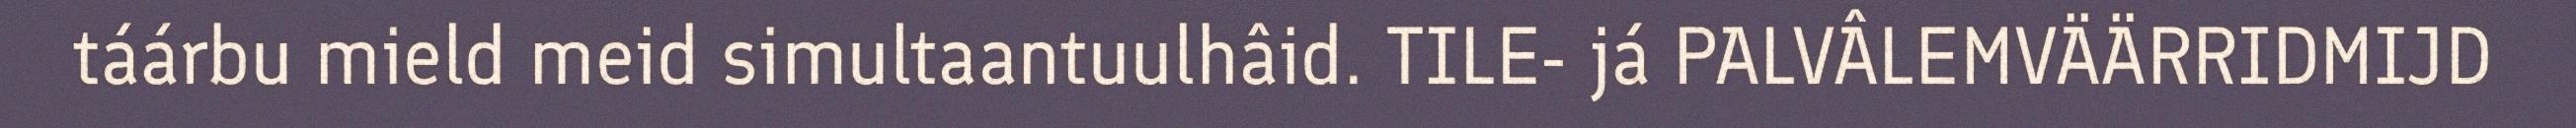
táárbu mield meid simultaantuulhâid. TILE- já PALVÂLEMVÄÄRRIDMIJD